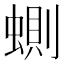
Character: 𧍡